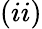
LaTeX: (ii)